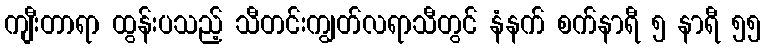
ကျီးတာရာ ထွန်းပသည့် သီတင်းကျွတ်လရာသီတွင် နံနက် စက်နာရီ ၅ နာရီ ၅၅